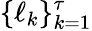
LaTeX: \{ \ell_{k}\} _{k=1}^{\tau}